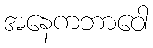
အနေကဘာဝေါ